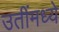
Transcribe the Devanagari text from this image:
उतींमध्ये